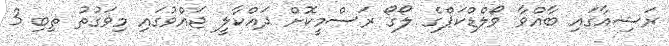
ރަޝިއާގައި ބާއްވާ ވޯލްޑްކަޕްގެ ލޯގޯ ރަސްމީކޮށް ދައްކާލީ ޖައްވުގައި މިވަގުތު ތިބި 3